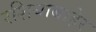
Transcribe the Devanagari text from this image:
रशियाबाहेर